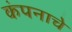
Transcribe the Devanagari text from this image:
कंपनाचे